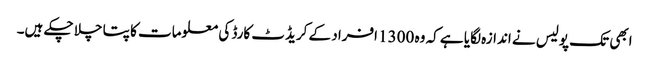
ابھی تک پولیس نے اندازہ لگایا ہے کہ وہ 1300 افراد کے کریڈٹ کارڈ کی معلومات کا پتا چلا چکے ہیں۔